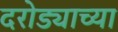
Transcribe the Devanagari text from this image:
दरोड्याच्या